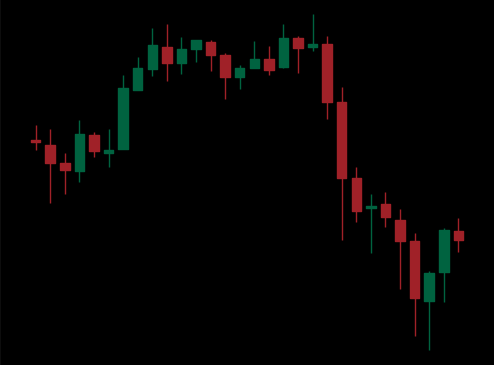
Pattern: unclassified